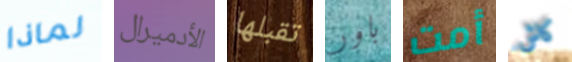
لماذا الأدميرال تقبلها باور أمت كاش